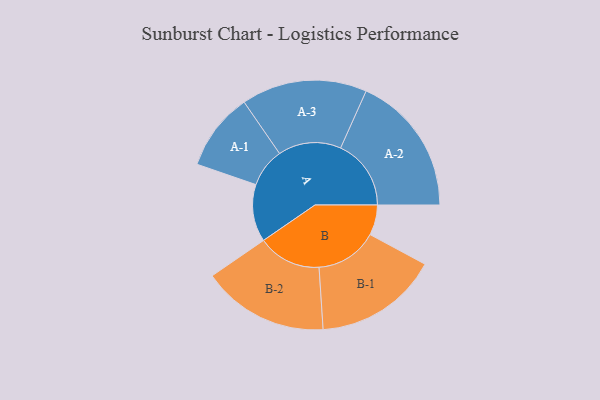
{"axis": {"x": "Segment", "y": "Value"}, "legend": ["", "A", "B"], "data": [{"x": "A", "y": 218, "type": ""}, {"x": "B", "y": 115, "type": ""}, {"x": "A-1", "y": 148, "type": "A"}, {"x": "A-2", "y": 268, "type": "A"}, {"x": "A-3", "y": 239, "type": "A"}, {"x": "B-1", "y": 236, "type": "B"}, {"x": "B-2", "y": 241, "type": "B"}]}